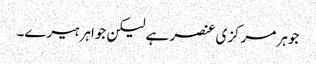
جوہر مرکزی عنصر ہے لیکن جواہر ہیرے۔